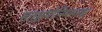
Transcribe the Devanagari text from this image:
सतश्चयोनिमसतश्च